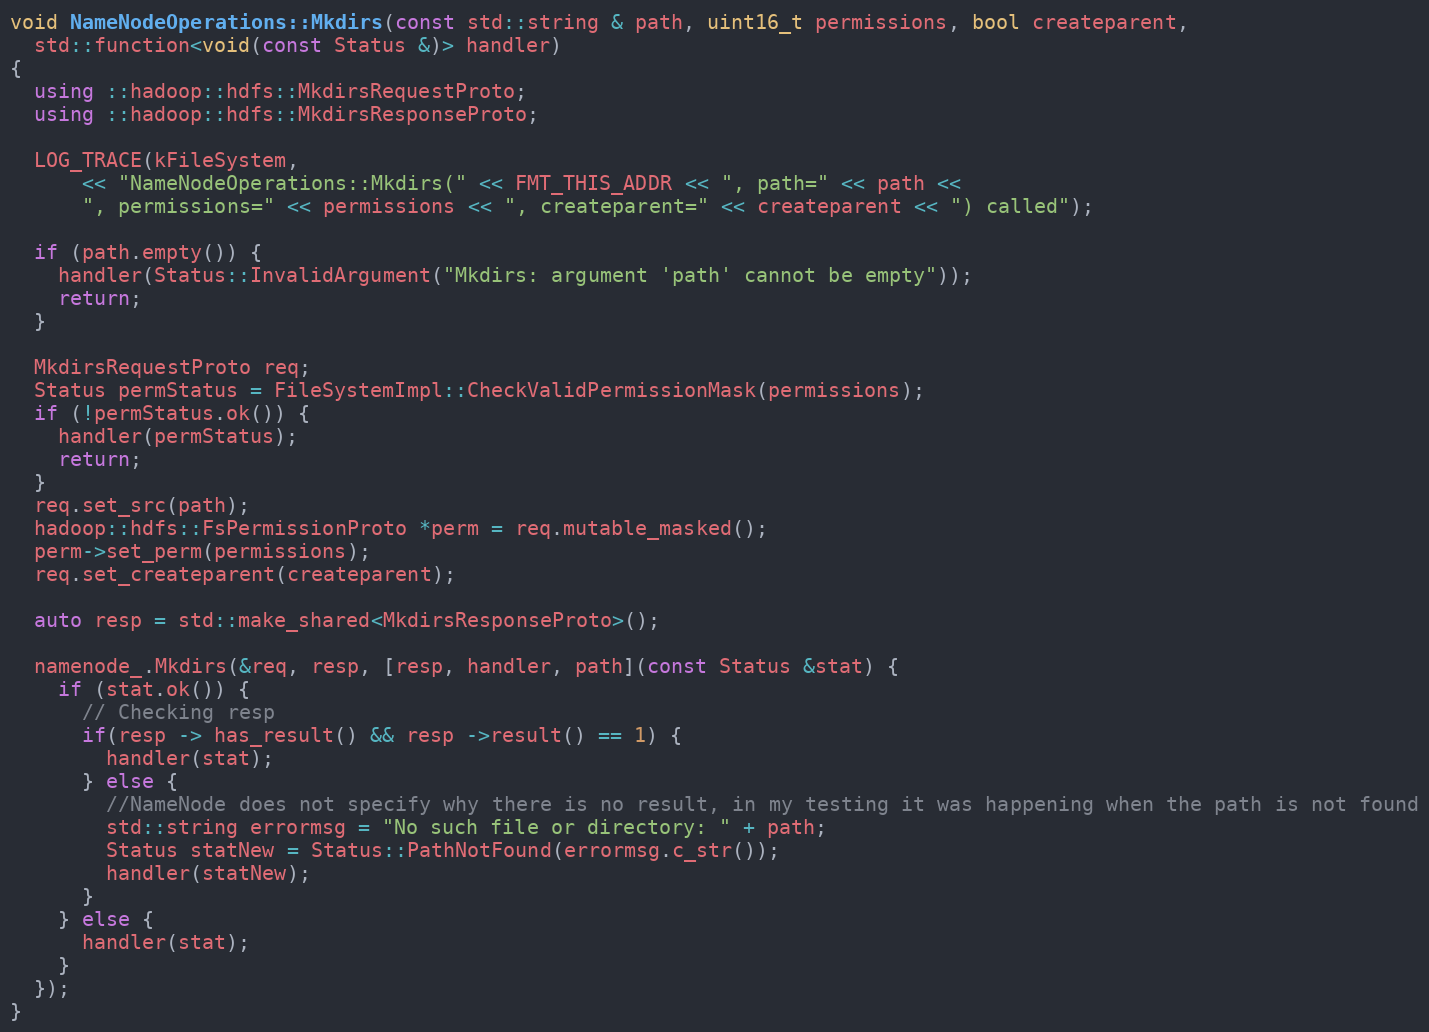
Language: C++
void NameNodeOperations::Mkdirs(const std::string & path, uint16_t permissions, bool createparent,
  std::function<void(const Status &)> handler)
{
  using ::hadoop::hdfs::MkdirsRequestProto;
  using ::hadoop::hdfs::MkdirsResponseProto;

  LOG_TRACE(kFileSystem,
      << "NameNodeOperations::Mkdirs(" << FMT_THIS_ADDR << ", path=" << path <<
      ", permissions=" << permissions << ", createparent=" << createparent << ") called");

  if (path.empty()) {
    handler(Status::InvalidArgument("Mkdirs: argument 'path' cannot be empty"));
    return;
  }

  MkdirsRequestProto req;
  Status permStatus = FileSystemImpl::CheckValidPermissionMask(permissions);
  if (!permStatus.ok()) {
    handler(permStatus);
    return;
  }
  req.set_src(path);
  hadoop::hdfs::FsPermissionProto *perm = req.mutable_masked();
  perm->set_perm(permissions);
  req.set_createparent(createparent);

  auto resp = std::make_shared<MkdirsResponseProto>();

  namenode_.Mkdirs(&req, resp, [resp, handler, path](const Status &stat) {
    if (stat.ok()) {
      // Checking resp
      if(resp -> has_result() && resp ->result() == 1) {
        handler(stat);
      } else {
        //NameNode does not specify why there is no result, in my testing it was happening when the path is not found
        std::string errormsg = "No such file or directory: " + path;
        Status statNew = Status::PathNotFound(errormsg.c_str());
        handler(statNew);
      }
    } else {
      handler(stat);
    }
  });
}